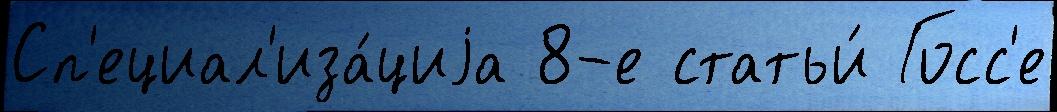
Сп'ециал'иза́циjа 8-е статьи́ Госс'е